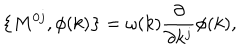
\left\{ M ^ { 0 j } , \phi ( k ) \right\} = \omega ( k ) \frac \partial { \partial k ^ { j } } \phi ( k ) ,